Newspaper: West-Jersey pioneer. [volume]
Place of publication: Bridgeton, N.J.
Publisher: [James B. Ferguson]
Date: 1870-04-15 00:00:00
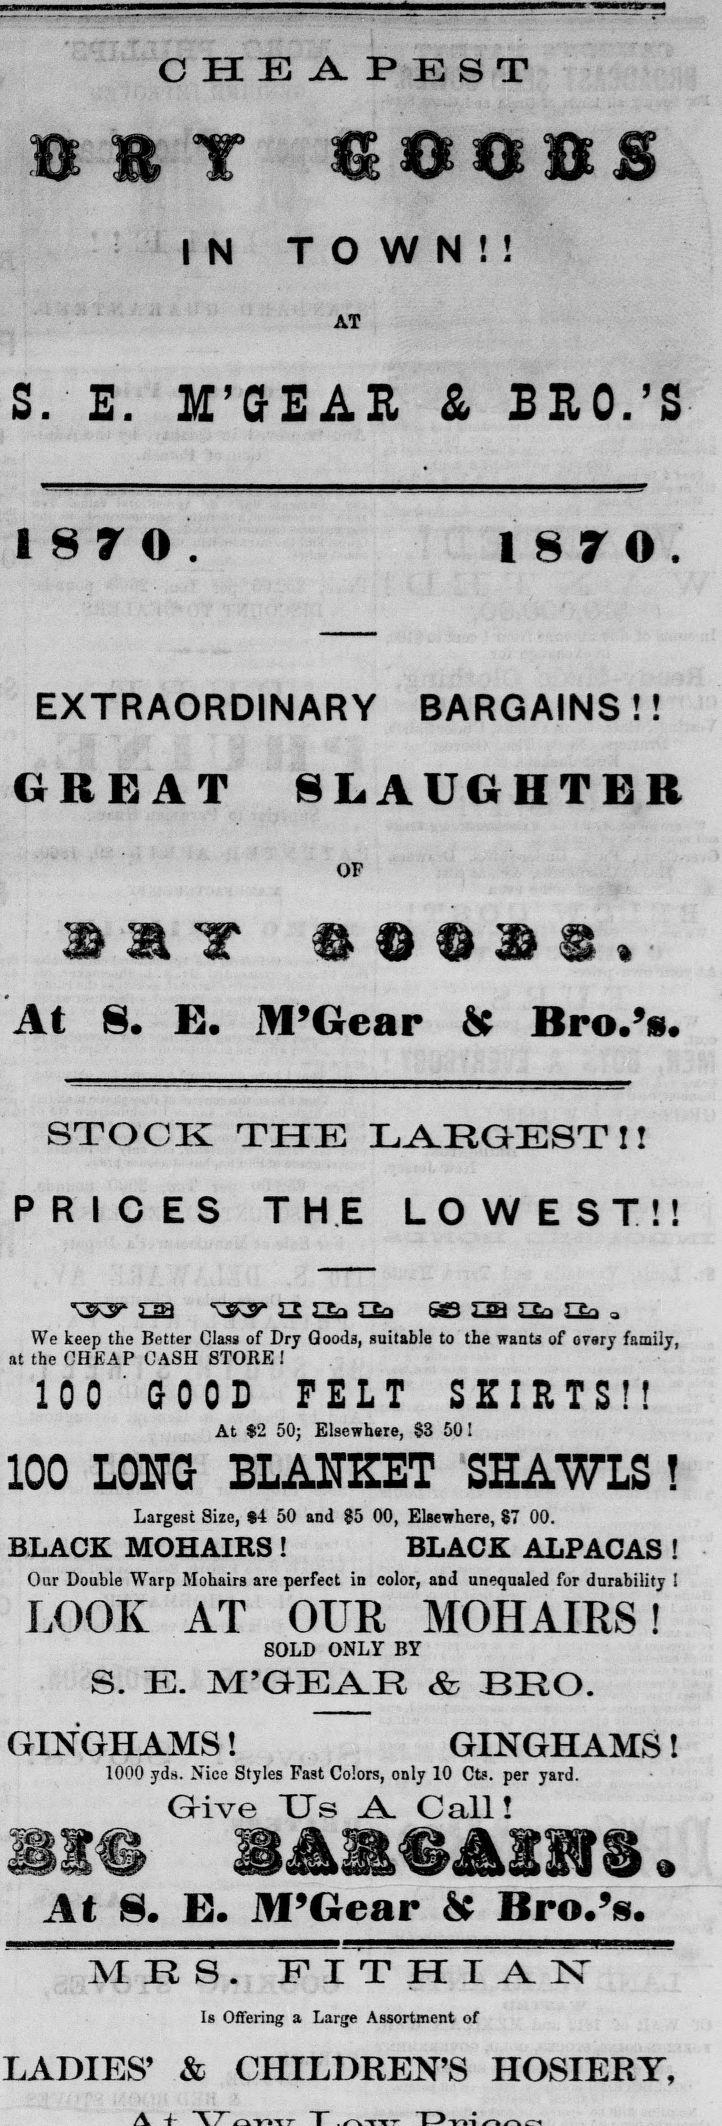
Advertisement text (OCR):
CHEAPEST BET SOOBE IN TOWN!! AT S. E. M’GE AR & BRO.’S 1870. 1870. EXTRAORDINARY BARGAINS!! GREAT SLAUGHTER OF mm'T m © m m m • At 8. E. M’Gear & Bro.’s. STOCK THE LARGEST !! PRICES THE LOWEST!! We keep the Better Class of Dry Goods, suitable to the wants of ovary family, at the CHEAP CASH STORE 1 100 GOOD PELT SKIRTS!! At $2 50; Elsewhere, S3 50! 100 LONG BLANKET SHAWLS ! Largest Size, $4 50 and S5 00, Elsewhere, 87 00. BLACK MOHAIRS ! BLACK ALPACAS ! Our Double Warp Mohairs are perfect in color, and unequaled for durability I LOOK AT OUR MOHAIRS! SOLD ONLY BY S. E. M’GEAR & BRO. GINGHAMS! GINGHAMS! 1000 yds. Nice Styles Fast Colors, only 10 Cts. per yard. Grive TJs A C all! *2© . At 8. E. M’Gear & Bro.’s. M R 8. FI T HI A 1ST Is Offering a Large Assortment of LADIES’ & CHILDREN’S HOSIERY,
Label: text-only